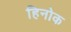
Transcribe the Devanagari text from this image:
हिनोक